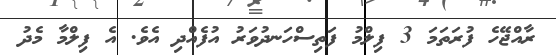
ރާއްޖޭހެ ފުރަތަމަ 3 ފިލްމު ފަތިސްހަނދުވަރު އުފެއްދި އެވެ. އެ ފިލްމާ މެދު